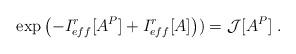
LaTeX: \begin{align*}\exp\left(-I_{eff}^r[A^P] + I_{eff}^r[A]\right)) = {\cal J}[A^P] \;.\end{align*}